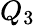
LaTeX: Q_{3}